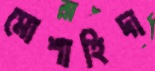
মোশাহিদা